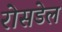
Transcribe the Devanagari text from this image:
रोसडेल